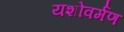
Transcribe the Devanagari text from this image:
यशोवर्मण